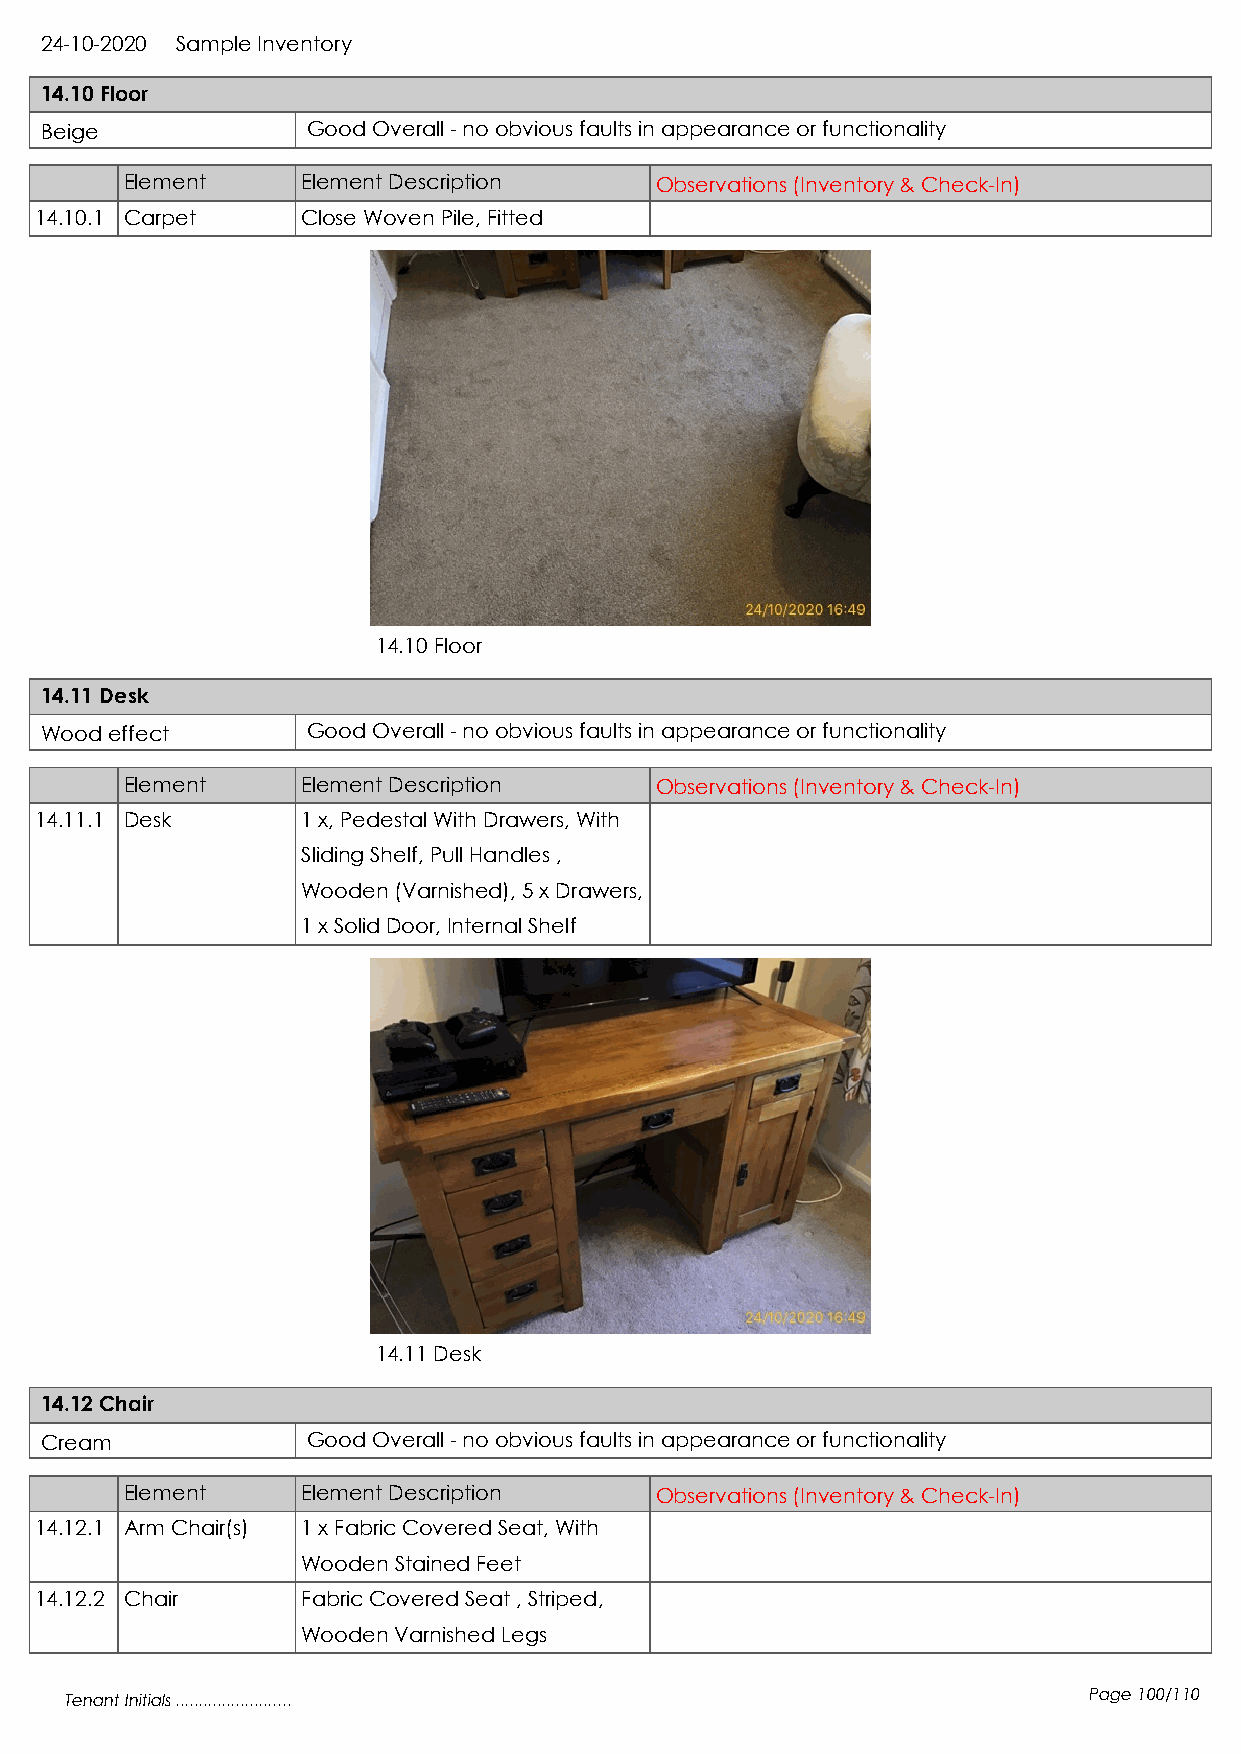
24-10-2020 Sample Inventory
 14.10 Floor
 Beige            Good Overall - no obvious faults in appearance or functionality
 Element     Element Description    Observations (Inventory & Check-In)
 14.10.1 Carpet    Close Woven Pile, Fitted
 14.10 Floor
 14.11 Desk
 Wood effect      Good Overall - no obvious faults in appearance or functionality
 Element     Element Description    Observations (Inventory & Check-In)
 14.11.1 Desk      1 x, Pedestal With Drawers, With
 Sliding Shelf, Pull Handles ,
 Wooden (Varnished), 5 x Drawers,
 1 x Solid Door, Internal Shelf
 14.11 Desk
 14.12 Chair
 Cream            Good Overall - no obvious faults in appearance or functionality
 Element     Element Description    Observations (Inventory & Check-In)
 14.12.1 Arm Chair(s) 1 x Fabric Covered Seat, With
 Wooden Stained Feet
 14.12.2 Chair     Fabric Covered Seat , Striped,
 Wooden Varnished Legs
 Tenant Initials .........................                           Page 100/110